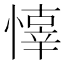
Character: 𢡇